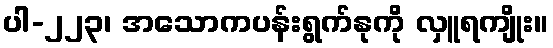
ပါ-၂၂၃၊ အသောကပန်းရွက်နုကို လှူရကျိုး။